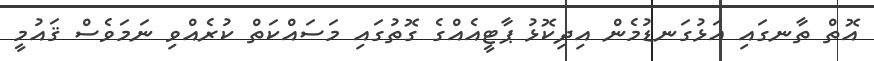
އޮތް ތާނގައި އަޅުގަނޑުމެން އިދިކޮޅު ޕާޓީއެއްގެ ގޮތުގައި މަސައްކަތް ކުރެއްވި ނަމަވެސް ޤައުމީ